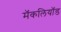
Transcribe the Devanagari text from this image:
मॅकलियॉड